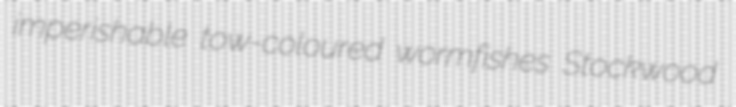
imperishable tow-coloured wormfishes Stockwood